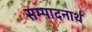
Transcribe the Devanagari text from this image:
सम्पादनार्थ